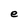
Character: e